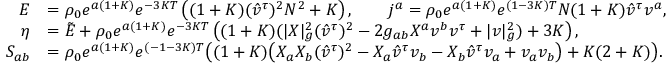
\begin{array} { r l } { E } & { = \rho _ { 0 } e ^ { a ( 1 + K ) } e ^ { - 3 K T } \left( ( 1 + K ) ( \hat { v } ^ { \tau } ) ^ { 2 } N ^ { 2 } + K \right) , \qquad j ^ { a } = \rho _ { 0 } e ^ { a ( 1 + K ) } e ^ { ( 1 - 3 K ) T } N ( 1 + K ) \hat { v } ^ { \tau } v ^ { a } , } \\ { \eta } & { = \tilde { E } + \rho _ { 0 } e ^ { a ( 1 + K ) } e ^ { - 3 K T } \left( ( 1 + K ) ( | X | _ { g } ^ { 2 } ( \hat { v } ^ { \tau } ) ^ { 2 } - 2 g _ { a b } X ^ { a } v ^ { b } v ^ { \tau } + | v | _ { g } ^ { 2 } ) + 3 K \right) , } \\ { S _ { a b } } & { = \rho _ { 0 } e ^ { a ( 1 + K ) } e ^ { ( - 1 - 3 K ) T } \big ( ( 1 + K ) \big ( X _ { a } X _ { b } ( \hat { v } ^ { \tau } ) ^ { 2 } - X _ { a } \hat { v } ^ { \tau } v _ { b } - X _ { b } \hat { v } ^ { \tau } v _ { a } + v _ { a } v _ { b } \big ) + K ( 2 + K ) \big ) . } \end{array}